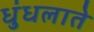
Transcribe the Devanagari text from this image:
धुंधलाते